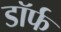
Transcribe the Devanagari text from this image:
डॉर्फ